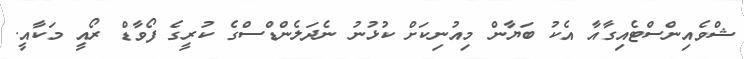
ޝްވެއިންސްޓެއިގާއާ އެކު ބަޔާން މިއުނިކަށް ކުޅުނު ނެދަލެންޑްސްގެ ކުރީގެ ފޯވާޑް ރޯއީ މަކާއީ.